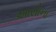
આસોના